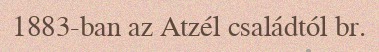
1883-ban az Atzél családtól br.